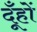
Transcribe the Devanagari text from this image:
दूँहों